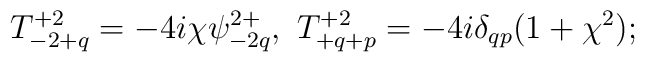
T^{+2}_{-2+q}=-4i\chi \psi^{2+}_{-2q},\ T^{+2}_{+q+p}= -4i\delta_{qp}(1+\chi^2);